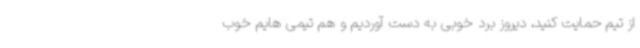
از تیم حمایت کنید، دیروز برد خوبی به دست آوردیم و هم تیمی هایم خوب